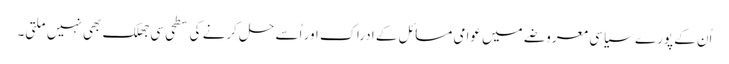
اُن کے پورے سیاسی معروضے میں عوامی مسائل کے ادراک اور اُسے حل کرنے کی سطحی سی جھلک بھی نہیں ملتی۔